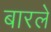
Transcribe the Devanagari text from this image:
बारले